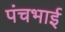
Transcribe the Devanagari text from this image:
पंचभाई